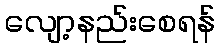
လျော့နည်းစေရန်